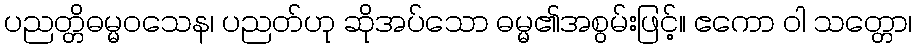
ပညတ္တိဓမ္မဝသေန၊ ပညတ်ဟု ဆိုအပ်သော ဓမ္မ၏အစွမ်းဖြင့်။ ဧကော ဝါ သတ္တော၊